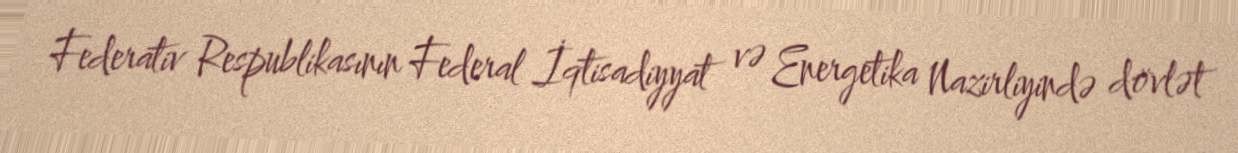
Federativ Respublikasının Federal İqtisadiyyat və Energetika Nazirliyində dövlət